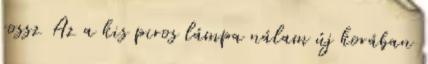
rossz Az a kis piros lámpa nálam új korában